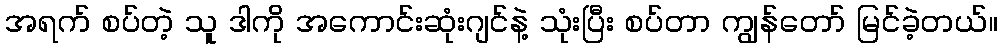
အရက် စပ်တဲ့ သူ ဒါကို အကောင်းဆုံးဂျင်နဲ့ သုံးပြီး စပ်တာ ကျွန်တော် မြင်ခဲ့တယ်။